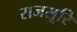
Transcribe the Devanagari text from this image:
राजसूरि